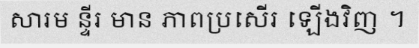
សារម ន្ទីរ មាន ភាពប្រសើរ ឡើងវិញ ។